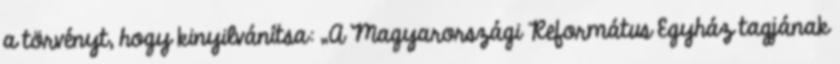
a törvényt, hogy kinyilvánítsa: „A Magyarországi Református Egyház tagjának